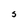
Character: S